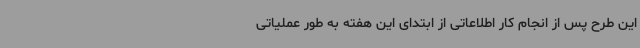
این طرح پس از انجام کار اطلاعاتی از ابتدای این هفته به طور عملیاتی